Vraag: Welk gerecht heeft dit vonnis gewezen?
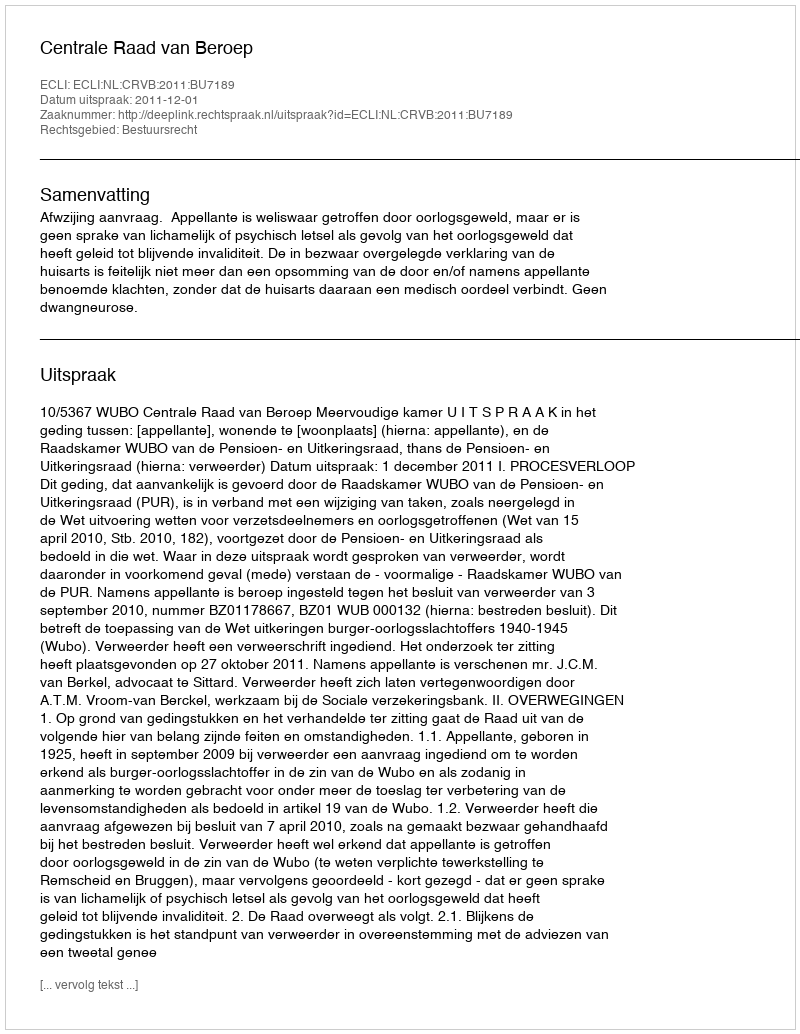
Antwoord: Centrale Raad van Beroep